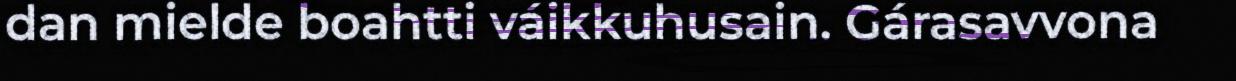
dan mielde boahtti váikkuhusain. Gárasavvona